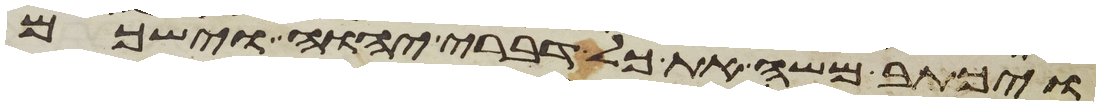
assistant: ויכתב משה את כל דברי יהוה וישכם